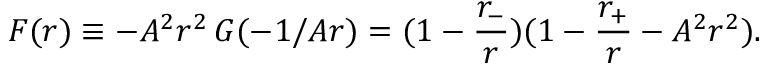
F ( r ) \equiv - A ^ { 2 } r ^ { 2 } \, G ( - 1 / A r ) = ( 1 - \frac { r _ { - } } { r } ) ( 1 - \frac { r _ { + } } { r } - A ^ { 2 } r ^ { 2 } ) .